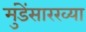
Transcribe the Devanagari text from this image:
मुंडेंसारख्या